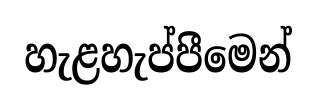
හැළහැප්පීමෙන්